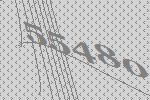
55480